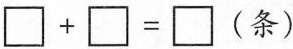
$$\Box + \Box = \Box$$(条)